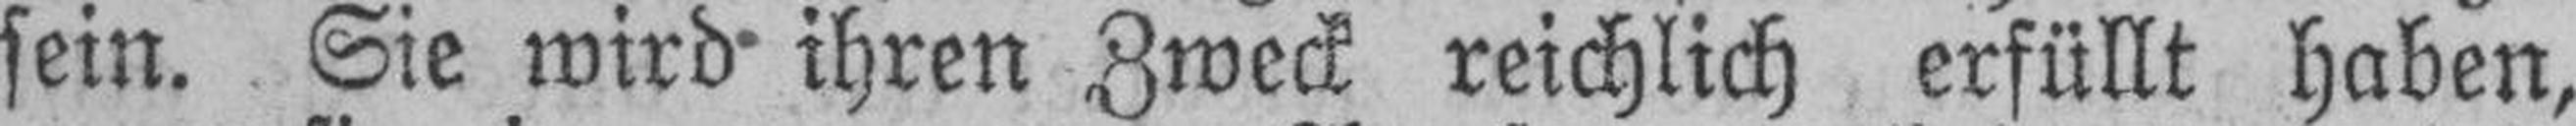
sein. Sie wird ihren Zweck reichlich erfüllt haben,